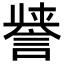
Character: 𮘤